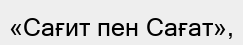
«Сағит пен Сағат»,